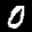
Label: 0